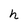
Character: h